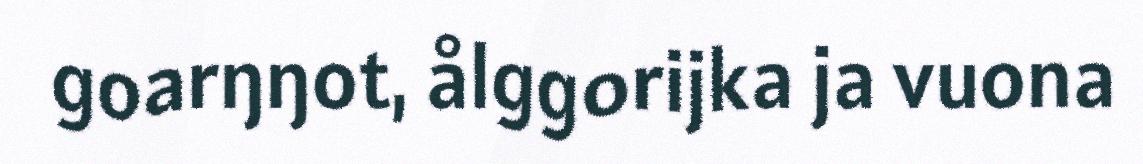
goarŋŋot, ålggorijka ja vuona